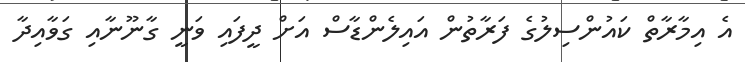
އެ އިމާރާތް ކައުންސިލުގެ ފަރާތުން އައިލެންޑާސް އަށް ދީފައި ވަނީ ގާނޫނާއި ގަވާއިދާ